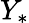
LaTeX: Y_{*}